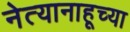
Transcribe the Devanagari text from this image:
नेत्यानाहूच्या